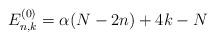
LaTeX: \begin{align*}E_{n,k}^{(0)}=\alpha(N-2n)+4k-N\end{align*}